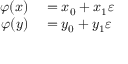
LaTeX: \begin{array} { r l } { \varphi ( x ) } & { { } = x _ { 0 } + x _ { 1 } \varepsilon } \\ { \varphi ( y ) } & { { } = y _ { 0 } + y _ { 1 } \varepsilon } \end{array}